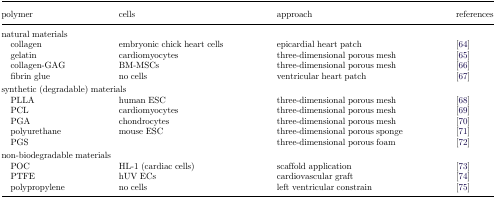
<table><thead><tr><td><b>polymer</b></td><td><b>cells</b></td><td><b>approach</b></td><td><b>references</b></td></tr></thead><tbody><tr><td colspan="4">natural materials</td></tr><tr><td> collagen</td><td>embryonic chick heart cells</td><td>epicardial heart patch</td><td>[64]</td></tr><tr><td> gelatin</td><td>cardiomyocytes</td><td>three-dimensional porous mesh</td><td>[65]</td></tr><tr><td> collagen-GAG</td><td>BM-MSCs</td><td>three-dimensional porous mesh</td><td>[66]</td></tr><tr><td> fibrin glue</td><td>no cells</td><td>ventricular heart patch</td><td>[67]</td></tr><tr><td colspan="4">synthetic (degradable) materials</td></tr><tr><td> PLLA</td><td>human ESC</td><td>three-dimensional porous mesh</td><td>[68]</td></tr><tr><td> PCL</td><td>cardiomyocytes</td><td>three-dimensional porous mesh</td><td>[69]</td></tr><tr><td> PGA</td><td>chondrocytes</td><td>three-dimensional porous mesh</td><td>[70]</td></tr><tr><td> polyurethane</td><td>mouse ESC</td><td>three-dimensional porous sponge</td><td>[71]</td></tr><tr><td> PGS</td><td></td><td>three-dimensional porous foam</td><td>[72]</td></tr><tr><td colspan="4">non-biodegradable materials</td></tr><tr><td> POC</td><td>HL-1 (cardiac cells)</td><td>scaffold application</td><td>[73]</td></tr><tr><td> PTFE</td><td>hUV ECs</td><td>cardiovascular graft</td><td>[74]</td></tr><tr><td> polypropylene</td><td>no cells</td><td>left ventricular constrain</td><td>[75]</td></tr></tbody></table>